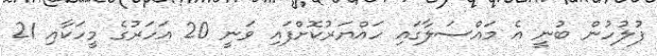
ފުލުހުން ބުނީ އެ މައްސަލާގައި ހައްޔަރުކޮށްފައި ވަނީ 20 އަހަރުގެ މީހަކާއި 21